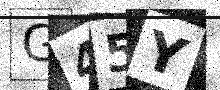
Text: G45Y